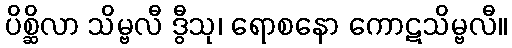
ပိစ္ဆိလာ သိမ္ဗလီ ဒွီသု၊ ရောစနော ကောဋသိမ္ဗလီ။